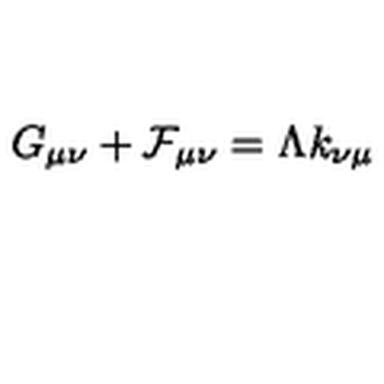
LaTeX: G _ { \mu \nu } + { \cal F } _ { \mu \nu } = \Lambda k _ { \nu \mu }